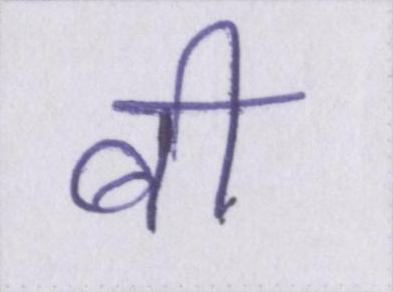
बी